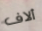
ألاف